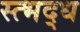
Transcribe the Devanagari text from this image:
स्त्भद्ध